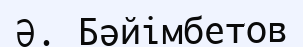
Ә. Бәйімбетов